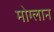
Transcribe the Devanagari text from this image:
मोग्लान